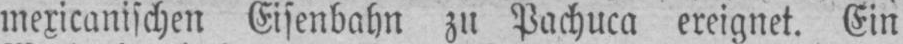
mexicanischen Eisenbahn zu Pachuca ereignet. Ein